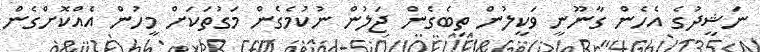
ނަޝީދުގެ އެހެން ގާނޫނީ ވަކީލުން ތިބެގެން ޖަލުން ނުކުމެގެން މަގުތަކަށް މީހުން އެއްކޮށްގެން